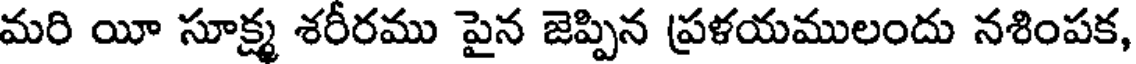
మరి యీ సూక్ష్మ శరీరము పైన జెప్పిన ప్రళయములందు నశింపక,